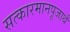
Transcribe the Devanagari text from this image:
सत्कारमानपूजार्थं